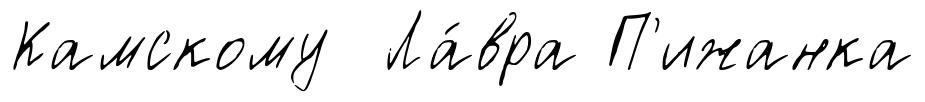
Камскому Ла́вра П'ижанка